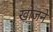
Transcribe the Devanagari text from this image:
खो़जने